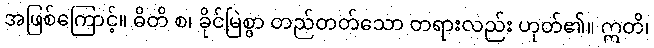
အဖြစ်ကြောင့်။ ဓိတိ စ၊ ခိုင်မြဲစွာ တည်တတ်သော တရားလည်း ဟုတ်၏။ ဣတိ၊